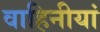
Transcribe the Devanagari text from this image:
वाहिनीयां